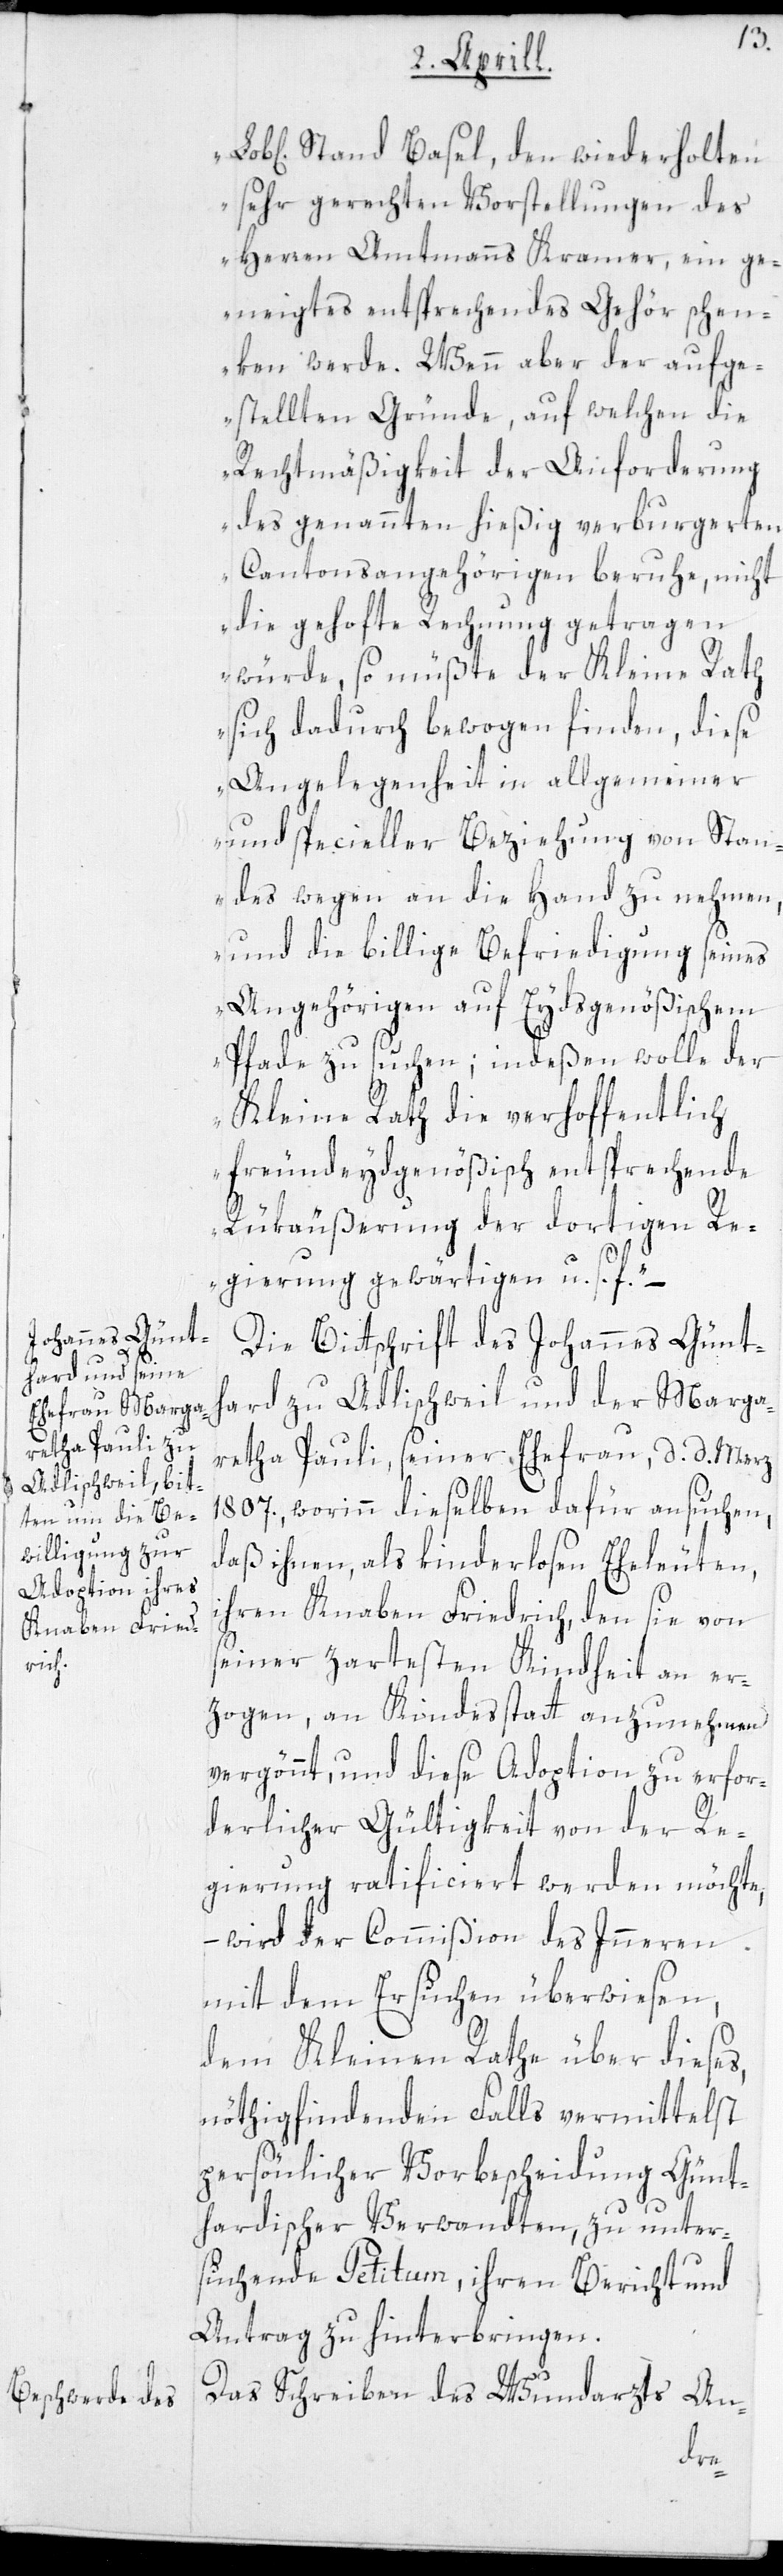
iche] Stand Basel, den wiederholten
sehr gerechten Vorstellungen des
Herren Amtmanns Kramer, ein ge¬
neigtes entsprechendes Gehör schen¬
ken werde. Wenn aber der aufge¬
stellten Gründe, auf welchen die
Rechtmäßigkeit der Anforderung
des genannten hießig verburgerten
Cantonsangehörigen beruhe, nicht
die gehofte Rechnung getragen
würde, so müßte der Kleine Rath
sich dadurch bewogen finden, diese
Angelegenheit in allgemeiner
und specieller Beziehung von Stan¬
des wegen an die Hand zu nehmen,
und die billige Befriedigung seines
Angehörigen auf Eydsgenößischem
Pfade zu suchen; indeßen wolle der
Kleine Rath die verhoffentlich
freundeydgenößisch entsprechende
Rückäußerung der dortigen Re¬
gierung gewärtigen u.s.f.“ –
Die Bittschrift des Johannes Günt¬
hard zu Adlischweil und der Marga¬
retha Pauli, seiner Ehefrau, d. d. Merz
1807., worinn dieselben dafür ansuchen,
daß ihnen, als kinderlosen Eheleuten,
ihren Knaben Friedrich, den sie von
seiner zartesten Kindheit an er¬
zogen, an Kindesstatt anzunehmen
vergönnt, und diese Adoption zu erfor¬
derlicher Gültigkeit von der Re¬
gierung ratificiert werden möchte,
– wird der Commißion des Inneren
mit dem Ersuchen überwiesen,
dem Kleinen Rathe über dieses,
nöthigfindenden Falls vermittelst
persönlicher Vorbescheidung Günt¬
hardischer Verwandten, zu unter¬
suchende Petitum, ihren Bericht und
Antrag zu hinterbringen.
Das Schreiben des Wundarzts An-